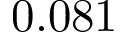
0 . 0 8 1